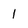
Character: l